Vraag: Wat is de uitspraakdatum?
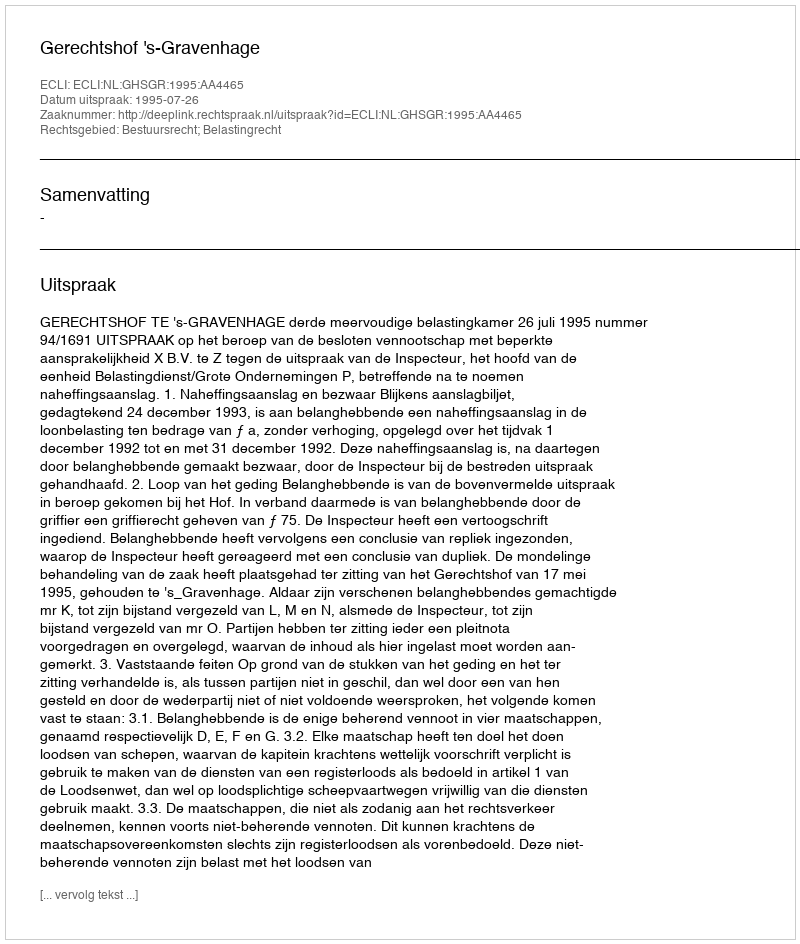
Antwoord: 1995-07-26